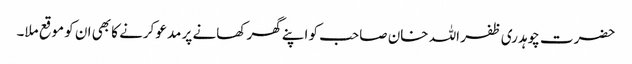
حضرت چوہدری ظفر اللہ خان صاحب کو اپنے گھر کھانے پر مدعو کرنے کا بھی ان کو موقع ملا۔